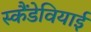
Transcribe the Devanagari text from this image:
स्कैंडेवियाई